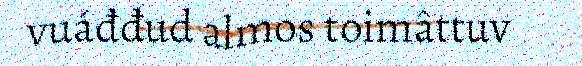
vuáđđud almos toimâttuv